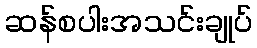
ဆန်စပါးအသင်းချုပ်